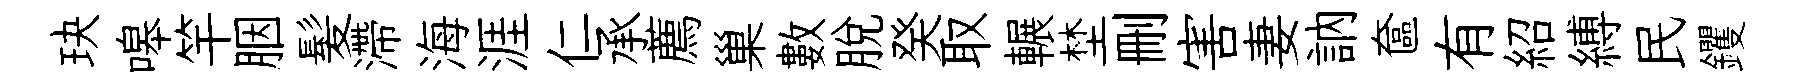
玦嗥竿胭髪滯海涯仁承薦巢數脱癸取輾埜删害妻訥奩有紹縛民钁